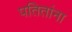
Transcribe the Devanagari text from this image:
पतितांना